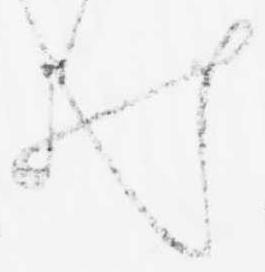
ゐ